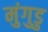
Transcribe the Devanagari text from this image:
मुंगुडु